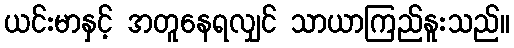
ယင်းမာနှင့် အတူနေရလျှင် သာယာကြည်နူးသည်။